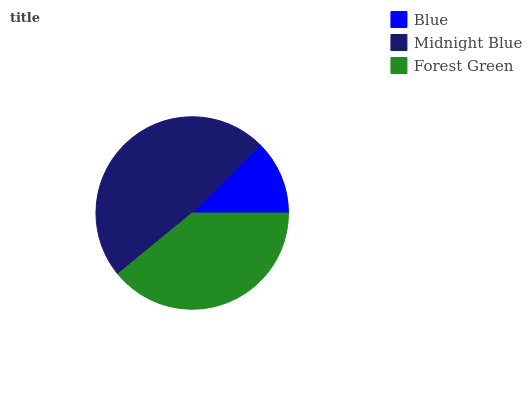
| Blue | Midnight Blue | Forest Green |
 | --- | --- | --- |
 | 12.6% | 48.3% | 39.1% |